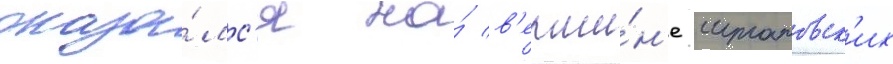
оказа́лс'я на́ в'ерши́н'е штатовск'их